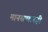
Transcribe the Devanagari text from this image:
मानसन्मानही